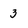
Character: 3